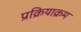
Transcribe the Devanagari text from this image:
प्रक्रियाक्रम